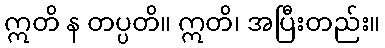
ဣတိ န တပ္ပတိ။ ဣတိ၊ အပြီးတည်း။